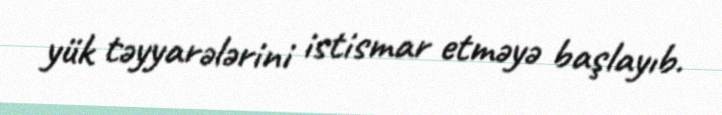
yük təyyarələrini istismar etməyə başlayıb.